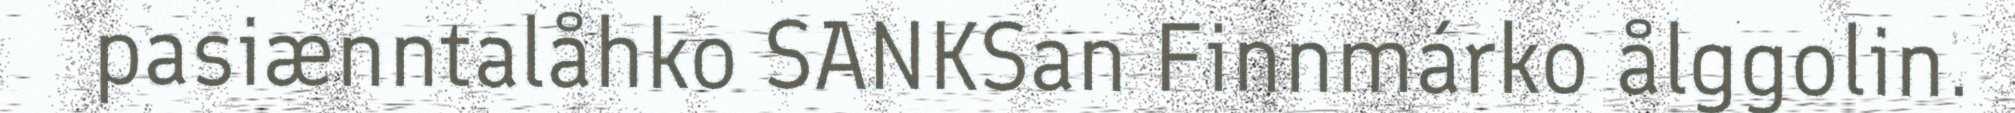
pasiænntalåhko SANKSan Finnmárko ålggolin.